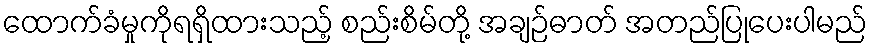
ထောက်ခံမှုကိုရရှိထားသည့် စည်းစိမ်တို့ အချဉ်ဓာတ် အတည်ပြုပေးပါမည်